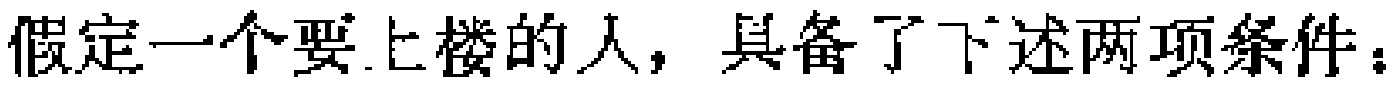
假定一个要上楼的人，具备了下述两项条件：